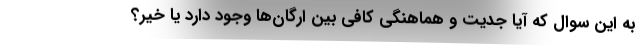
به این سوال که آیا جدیت و هماهنگی کافی بین ارگان‌ها وجود دارد یا خیر؟